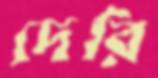
দেরি